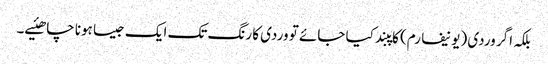
بلکہ اگر وردی (یونیفارم) کاپبند کیا جائے تو وردی کا رنگ تک ایک جیسا ہونا چاھئیے۔